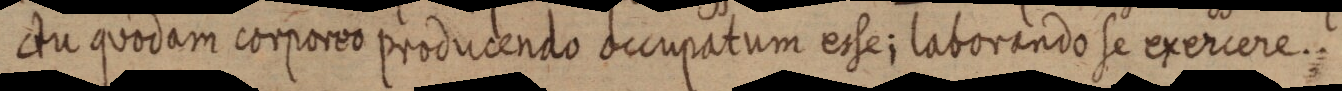
ctu quodam corporeo producendo occupatum esse; laborando se exercere.